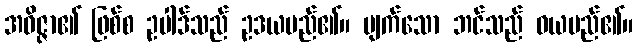
အဝိဇ္ဇာ၏ ဖြစ်စ ဥပါဒ်သည် ဥဒယမည်၏။ ပျက်သော ဘင်သည် ဝယမည်၏။